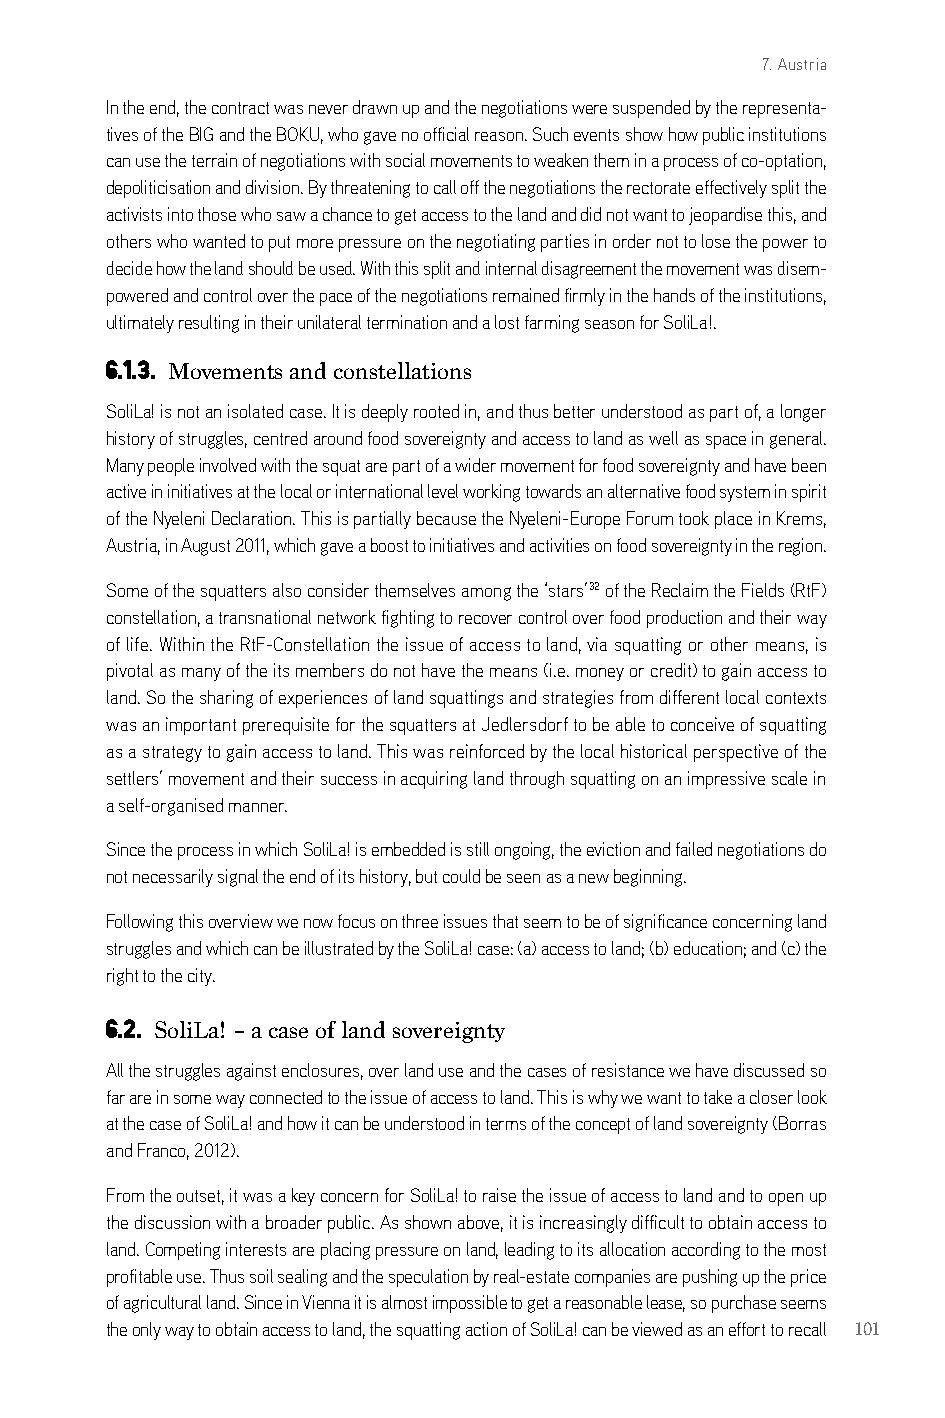
7. Austria
 in the end, the contract was never drawn up and the negotiations were suspended by the representa-
 tives of the big and the bokU, who gave no official reason. such events show how public institutions
 can use the terrain of negotiations with social movements to weaken them in a process of co-optation,
 depoliticisation and division. by threatening to call off the negotiations the rectorate effectively split the
 activists into those who saw a chance to get access to the land and did not want to jeopardise this, and
 others who wanted to put more pressure on the negotiating parties in order not to lose the power to
 decide how the land should be used. With this split and internal disagreement the movement was disem-
 powered and control over the pace of the negotiations remained firmly in the hands of the institutions,
 ultimately resulting in their unilateral termination and a lost farming season for solila!.
 6.1.3. Movements and constellations
 solila! is not an isolated case. it is deeply rooted in, and thus better understood as part of, a longer
 history of struggles, centred around food sovereignty and access to land as well as space in general.
 Many people involved with the squat are part of a wider movement for food sovereignty and have been
 active in initiatives at the local or international level working towards an alternative food system in spirit
 of the nyeleni declaration. This is partially because the nyeleni-europe Forum took place in krems,
 austria, in august 2011, which gave a boost to initiatives and activities on food sovereignty in the region.
 some of the squatters also consider themselves among the ‘stars’32 of the reclaim the Fields (rtF)
 constellation, a transnational network fighting to recover control over food production and their way
 of life. Within the rtF-constellation the issue of access to land, via squatting or other means, is
 pivotal as many of the its members do not have the means (i.e. money or credit) to gain access to
 land. so the sharing of experiences of land squattings and strategies from different local contexts
 was an important prerequisite for the squatters at Jedlersdorf to be able to conceive of squatting
 as a strategy to gain access to land. This was reinforced by the local historical perspective of the
 settlers’ movement and their success in acquiring land through squatting on an impressive scale in
 a self-organised manner.
 since the process in which solila! is embedded is still ongoing, the eviction and failed negotiations do
 not necessarily signal the end of its history, but could be seen as a new beginning.
 Following this overview we now focus on three issues that seem to be of significance concerning land
 struggles and which can be illustrated by the solila! case: (a) access to land; (b) education; and (c) the
 right to the city.
 6.2. SoliLa! – a case of land sovereignty
 all the struggles against enclosures, over land use and the cases of resistance we have discussed so
 far are in some way connected to the issue of access to land. This is why we want to take a closer look
 at the case of solila! and how it can be understood in terms of the concept of land sovereignty (borras
 and Franco, 2012).
 From the outset, it was a key concern for solila! to raise the issue of access to land and to open up
 the discussion with a broader public. as shown above, it is increasingly difficult to obtain access to
 land. competing interests are placing pressure on land, leading to its allocation according to the most
 profitable use. Thus soil sealing and the speculation by real-estate companies are pushing up the price
 of agricultural land. since in Vienna it is almost impossible to get a reasonable lease, so purchase seems
 the only way to obtain access to land, the squatting action of solila! can be viewed as an effort to recall 101